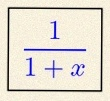
\frac{1}{1+x}